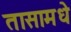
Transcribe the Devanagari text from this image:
तासामधे